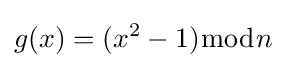
g(x)=(x^{2}-1){\bmod {n}}